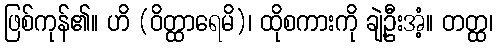
ဖြစ်ကုန်၏။ ဟိ (ဝိတ္ထာရေမိ)၊ ထိုစကားကို ချဲ့ဦးအံ့။ တတ္ထ၊